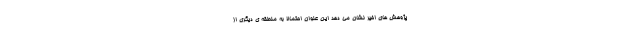
پژوهش های اخیر نشان می دهد این عنوان احتمالاً به منطقه ی دیگری از